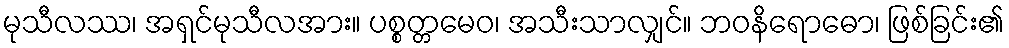
မုသီလဿ၊ အရှင်မုသီလအား။ ပစ္စတ္တမေဝ၊ အသီးသာလျှင်။ ဘဝနိရောဓော၊ ဖြစ်ခြင်း၏